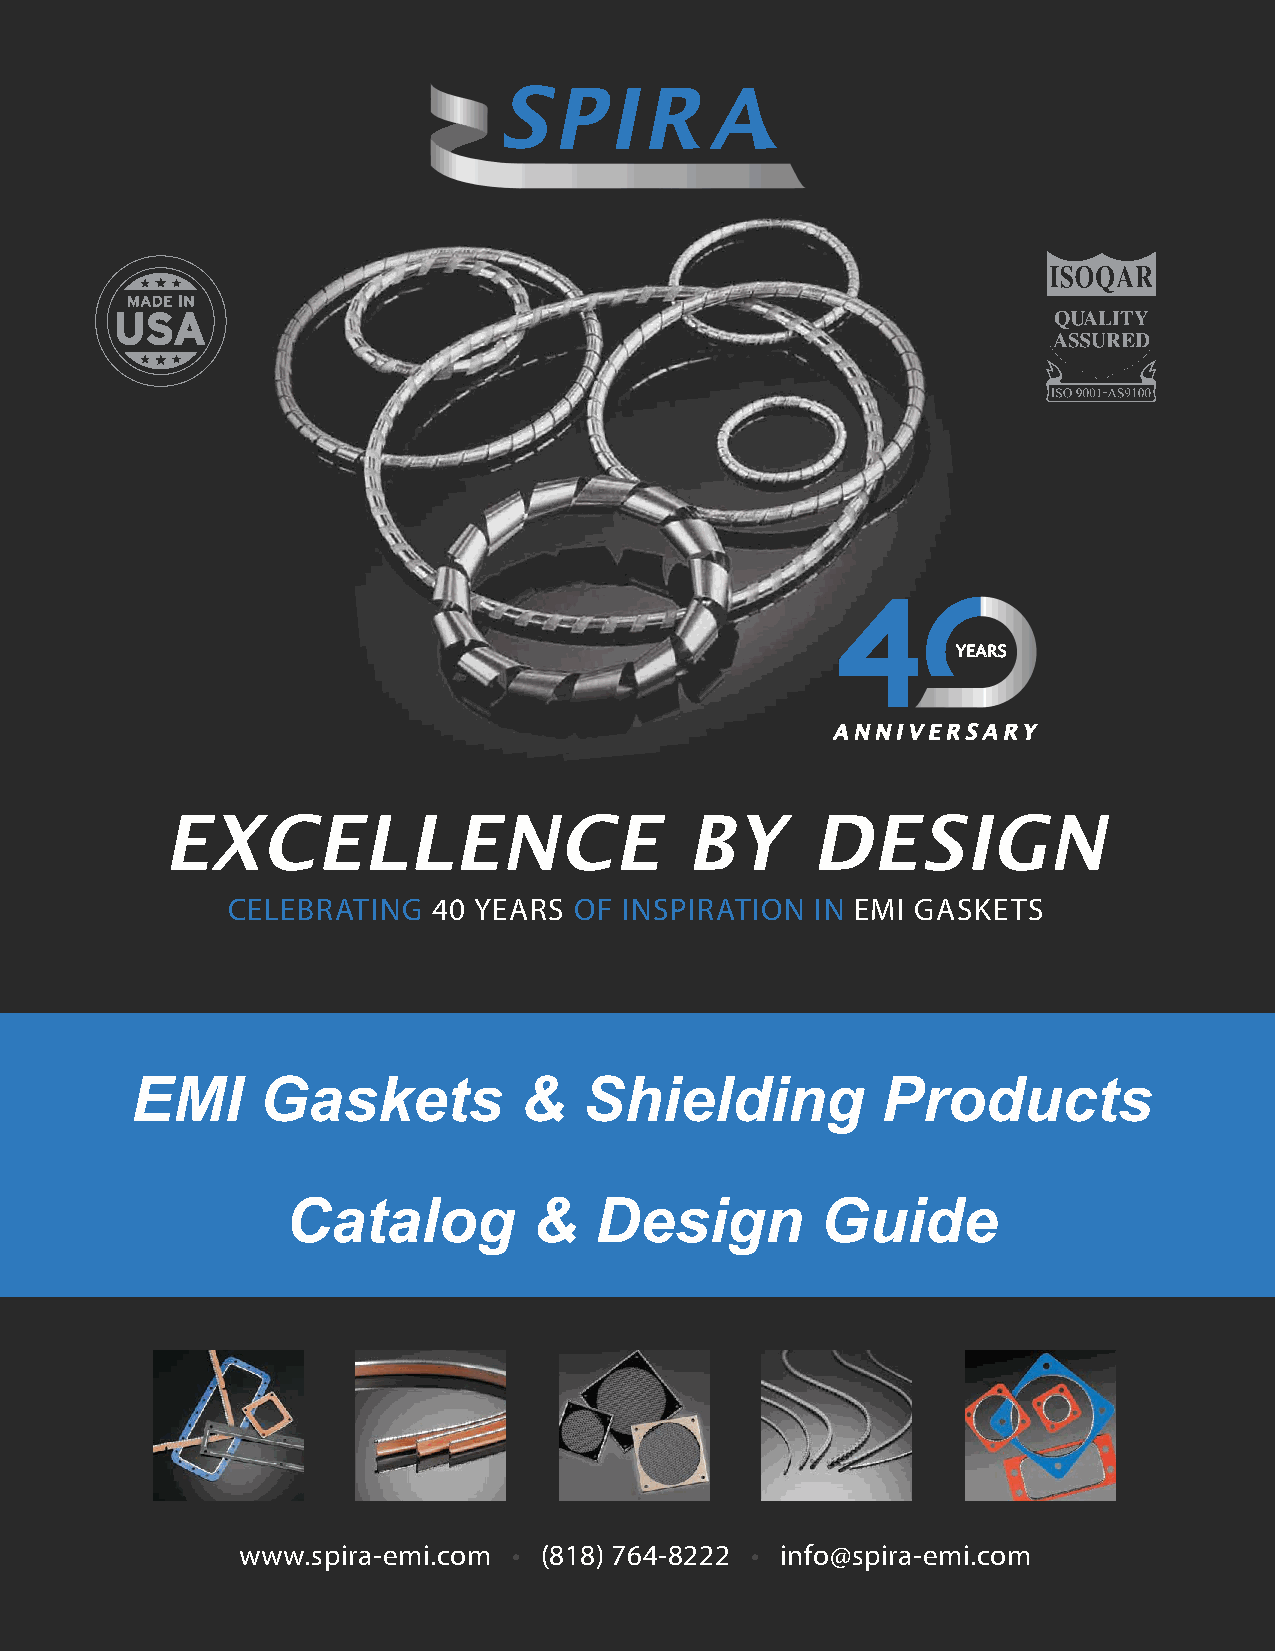
YEARS
 ANNIVERSARY
 EXCELLENCE                        BY       DESIGN
 CELEBRATING   40 YEARS OF INSPIRATION  IN EMI GASKETS
 EMI     Gaskets          &    Shielding          Products
 Catalog         &   Design         Guide
 www.spira-emi.com • (818) 764-8222 • info@spira-emi.com